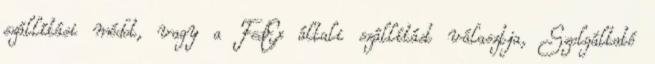
szállítási módot, vagy a FedEx általi szállítást választja, Szolgáltató